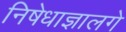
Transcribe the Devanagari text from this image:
निषेधाज्ञालगे